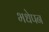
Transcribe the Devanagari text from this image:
भधेपन